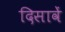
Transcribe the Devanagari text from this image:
दिसावें